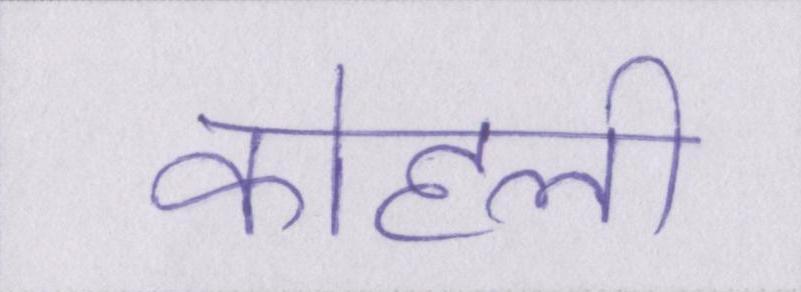
कोहली